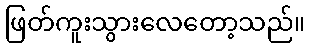
ဖြတ်ကူးသွားလေတော့သည်။